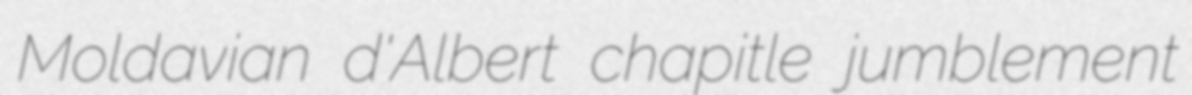
Moldavian d'Albert chapitle jumblement